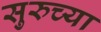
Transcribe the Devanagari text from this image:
सुरुच्या